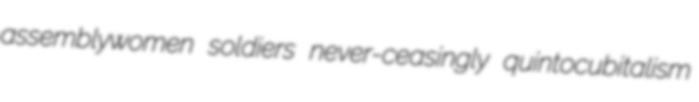
assemblywomen soldiers never-ceasingly quintocubitalism